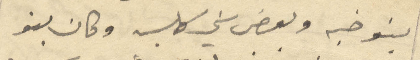
بنو ضبه وبعض بني كلب وكان بنو